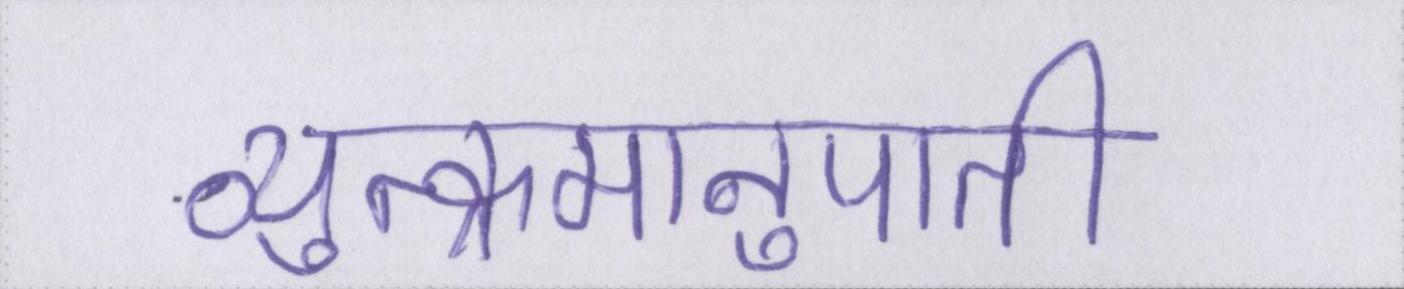
व्युत्क्रमानुपाती